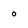
Character: 0